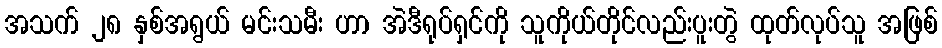
အသက် ၂၈ နှစ်အရွယ် မင်းသမီး ဟာ အဲဒီရုပ်ရှင်ကို သူကိုယ်တိုင်လည်းပူးတွဲ ထုတ်လုပ်သူ အဖြစ်